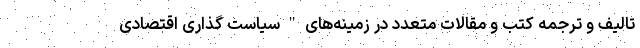
تالیف و ترجمه کتب و مقالات متعدد در زمینه‌های"سیاست گذاری اقتصادی